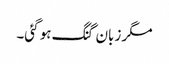
مگر زبان گنگ ہو گئی۔